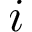
i